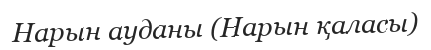
Нарын ауданы (Нарын қаласы)